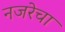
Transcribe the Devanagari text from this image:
नजरेचा